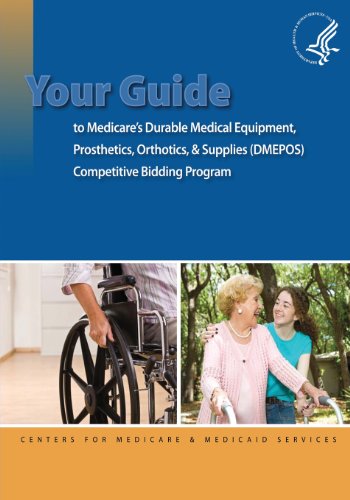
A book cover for Your Guide to Medicare's Durable Medical Equipment, Prosthetics, Orthotics, & Supplies (DMEPOS) Competitive Bidding Program; U.S. Department of Health and Human Services; Medical Books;